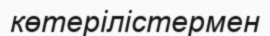
көтерілістермен